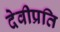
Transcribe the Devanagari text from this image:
देवीप्रति